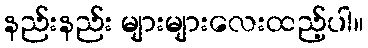
နည်းနည်း များများလေးထည့်ပါ။